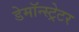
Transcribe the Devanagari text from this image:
डेमॉन्स्ट्रेटर